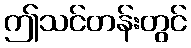
ဤသင်တန်းတွင်